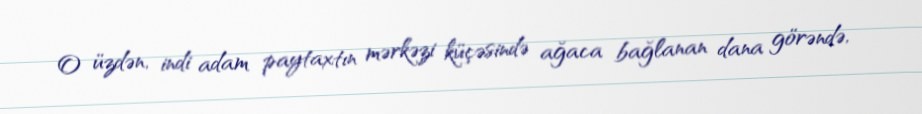
O üzdən, indi adam paytaxtın mərkəzi küçəsində ağaca bağlanan dana görəndə,